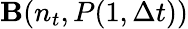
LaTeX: {\mathbf B}(n_{t},P(1,\Delta t))